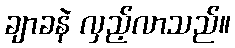
ချာခနဲ လှည့်လာသည်။